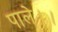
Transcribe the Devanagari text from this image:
पाले।।